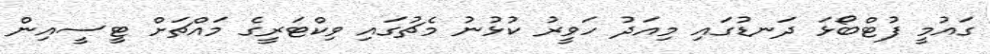
ގައުމީ ފުޓްބޯޅަ ދަނޑުގައި މިއަދު ހަވީރު ކުޅުނު މެޗުގައި ވިކްޓަރީގެ މައްޗަށް ޓީސީއިން